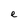
Character: e